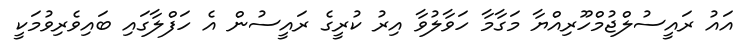
އައު ރައީސުލްޖުމްހޫރިއްޔާ މަގާމާ ހަވާލުވާ އިރު ކުރީގެ ރައީސުން އެ ހަފްލާގައި ބައިވެރިވުމަކީ